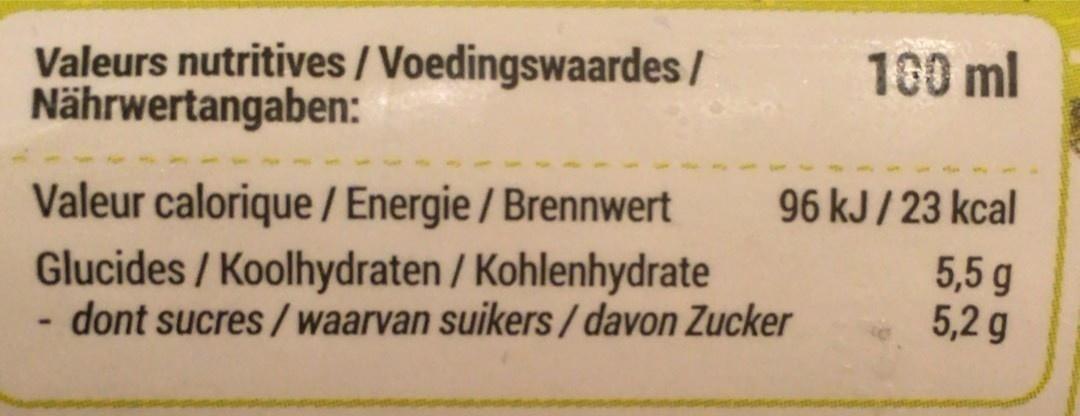
Valeurs nutritives / Voedingswaardes/ Nährwertangaben:
100 ml
Valeur calorique / Energie /Brennwert Glucides / Koolhydraten / Kohlenhydrate - dont sucres /waarvan suikers /davon Zucker
96 kJ/ 23 kcal
5,5 g 5,2 g